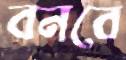
বনবে